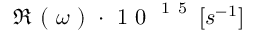
\Re \mathrm { ~ ( ~ } \omega \mathrm { ~ ) ~ } \cdot \mathrm { ~ 1 ~ 0 ~ } ^ { \mathrm { ~ 1 ~ 5 ~ } } \, [ s ^ { - 1 } ]